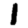
Digit: 1